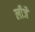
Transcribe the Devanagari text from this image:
लीजै